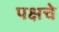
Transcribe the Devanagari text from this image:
पक्षचे